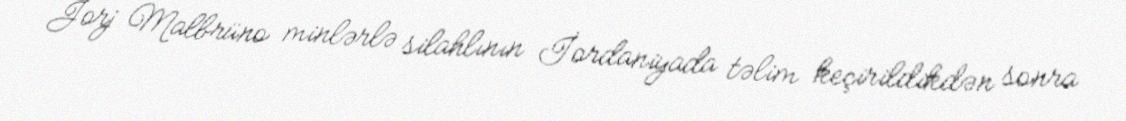
Jorj Malbrüno minlərlə silahlının İordaniyada təlim keçirildikdən sonra